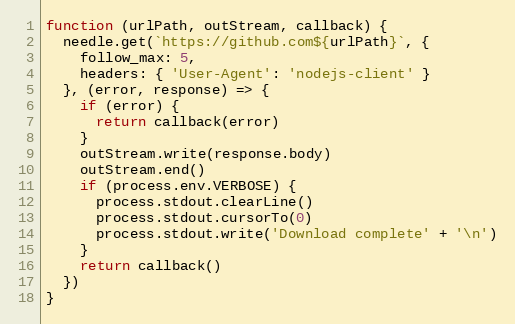
Language: JavaScript
function (urlPath, outStream, callback) {
  needle.get(`https://github.com${urlPath}`, {
    follow_max: 5,
    headers: { 'User-Agent': 'nodejs-client' }
  }, (error, response) => {
    if (error) {
      return callback(error)
    }
    outStream.write(response.body)
    outStream.end()
    if (process.env.VERBOSE) {
      process.stdout.clearLine()
      process.stdout.cursorTo(0)
      process.stdout.write('Download complete' + '\n')
    }
    return callback()
  })
}